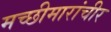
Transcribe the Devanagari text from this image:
मच्छीमारांचीर